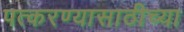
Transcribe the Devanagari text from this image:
पत्करण्यासाठीच्या